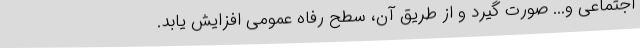
اجتماعی و... صورت گیرد و از طریق آن، سطح رفاه عمومی افزایش یابد.